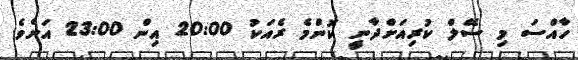
ހާއްސަ މި ސޭލް ކުރިއަށްދާނީ ކޮންމެ ރެއަކު 20:00 އިން 23:00 އަށެވެ.